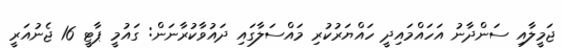
ޖަމީލާއި ސަންދާނު އަހައްމައިދީ ހައްޔަރުކުރި މައްސަލާގައި ދައުވާކުރާނަން: ގައުމީ ޕާޓީ 16 ޖެނުއަރީ